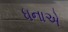
ધનાએ